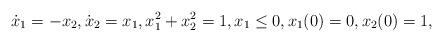
LaTeX: \begin{align*}&\dot x_1 = -x_2,\dot x_2 = x_1,x_1^2+x_2^2 =1,x_1\le 0,x_1(0)=0,x_2(0)=1,\end{align*}